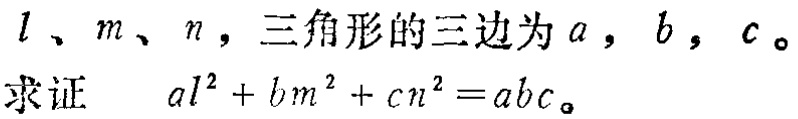
$l、m、n，三角形的三边为a，b，c。\\
求证\quad al^{2}+bm^{2}+cn^{2}=abc。$